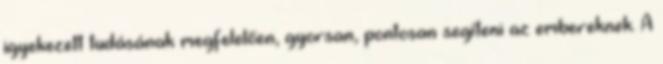
igyekezett tudásának megfelelően, gyorsan, pontosan segíteni az embereknek. A